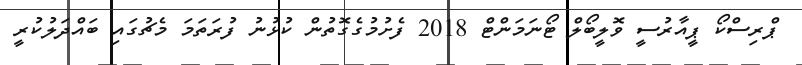
ޕްރިސްކޯ ޕީއާރުސީ ވޮލީބޯލް ޓޯނަމަންޓް 2018 ފެށުމުގެގޮތުން ކުޅުނު ފުރަތަމަ މެޗުގައި ބައްދަލުކުރީ